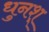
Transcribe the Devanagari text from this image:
धुनश्